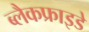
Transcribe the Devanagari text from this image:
ब्लैकफ्राइडे